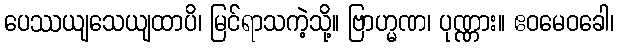
ပေဿယျသေယျထာပိ၊ မြင်ရာသကဲ့သို့။ ဗြာဟ္မဏ၊ ပုဏ္ဏား။ ဧဝမေဝခေါ၊